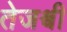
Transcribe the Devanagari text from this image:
तेजश्वी